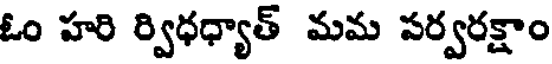
ఓం హరి ర్విధధ్యాత్ మమ పర్వరక్షాం